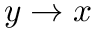
y \rightarrow x